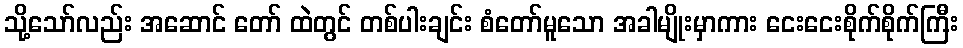
သို့သော်လည်း အဆောင် တော် ထဲတွင် တစ်ပါးချင်း စံတော်မူသော အခါမျိုးမှာကား ငေးငေးစိုက်စိုက်ကြီး